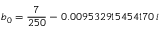
b _ { 0 } = \frac { 7 } { 2 5 0 } - 0 . 0 0 9 5 3 2 9 1 5 4 5 4 1 7 0 \, i